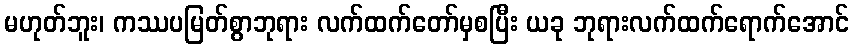
မဟုတ်ဘူး၊ ကဿပမြတ်စွာဘုရား လက်ထက်တော်မှစပြီး ယခု ဘုရားလက်ထက်ရောက်အောင်